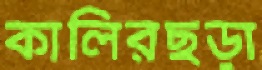
কালিরছড়া